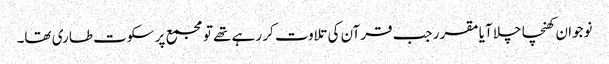
نوجوان کھنچا چلا آیا مقرر جب قرآن کی تلاوت کر رہے تھے تو مجمع پر سکوت طاری تھا۔